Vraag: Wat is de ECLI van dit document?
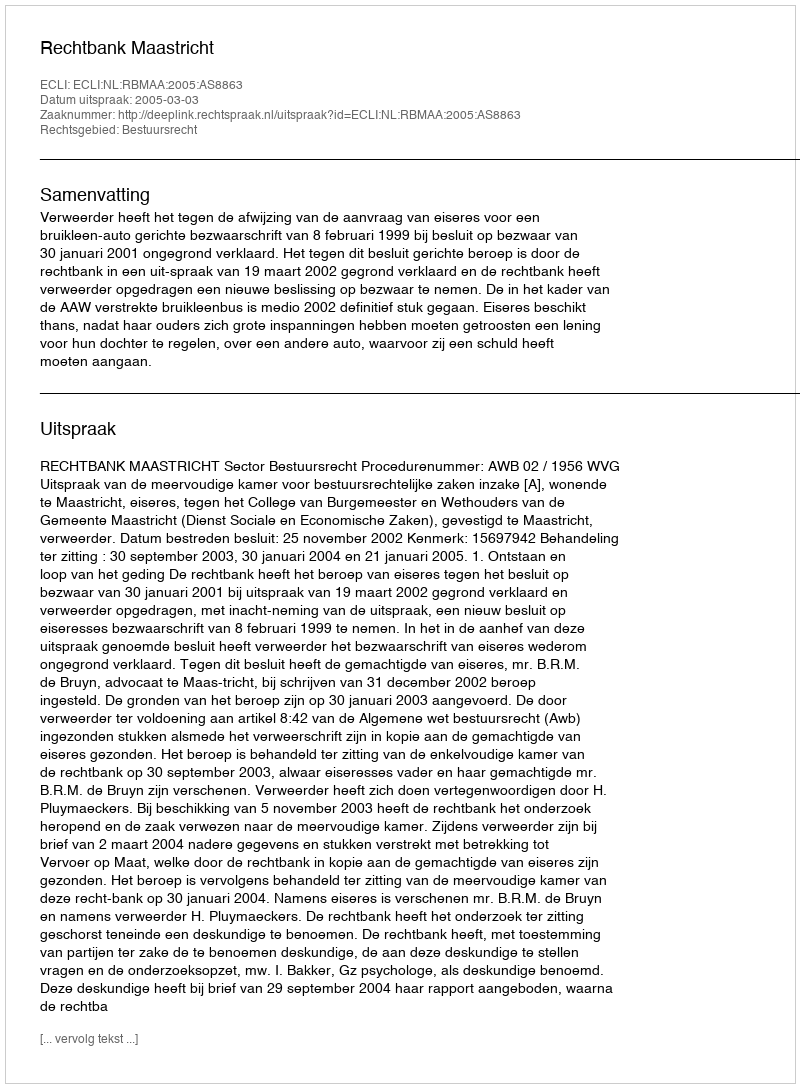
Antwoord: ECLI:NL:RBMAA:2005:AS8863